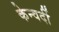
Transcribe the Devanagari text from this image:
केन्वर्दी